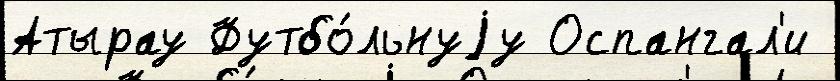
Атырау Футбо́льнуjу Оспангал'и